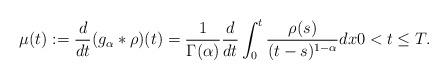
LaTeX: \begin{align*}\mu(t) := \frac{d}{dt}(g_{\alpha}*\rho)(t) = \frac{1}{\Gamma(\alpha)}\frac{d}{dt}\int_{0}^{t}\frac{\rho(s)}{(t-s)^{1-\alpha}}dx 0<t\leq T.\end{align*}